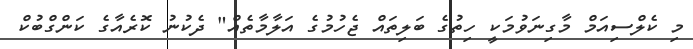
މި ކެލްސިއަމް މާގިނަވުމަކީ ހިތުގެ ބަލިތައް ޖެހުމުގެ އަލާމާތެއް" ދެކުނު ކޮރެއާގެ ކަންގްބުކް